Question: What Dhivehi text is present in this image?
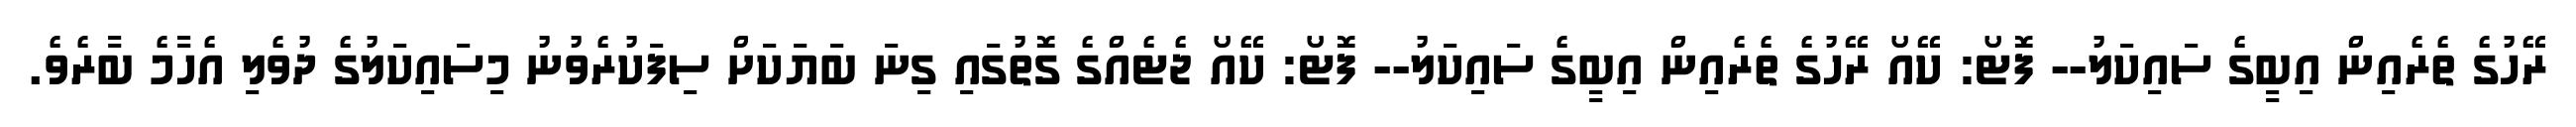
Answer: ރޭހުގެ ތެރެއިން އިބީގެ ސައިކަލު-- ފޮޓޯ: ކޭއޯ ރޭހުގެ ތެރެއިން އިބީގެ ސައިކަލު-- ފޮޓޯ: ކޭއޯ ޖެޓެއްގެ ގޮތުގައި ގިނަ ބަޔަކަށް ސިފަކުރެވުނު މިސައިކަލުގެ ދުވެލި އެހާމެ ބާރެވެ.